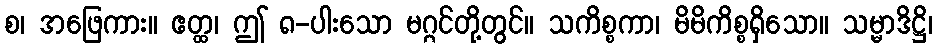
စ၊ အဖြေကား။ ဧတ္ထ၊ ဤ ၈-ပါးသော မဂ္ဂင်တို့တွင်။ သကိစ္စကာ၊ မိမိကိစ္စရှိသော။ သမ္မာဒိဋ္ဌိ၊